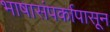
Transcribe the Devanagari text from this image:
भाषासंपर्कापासून